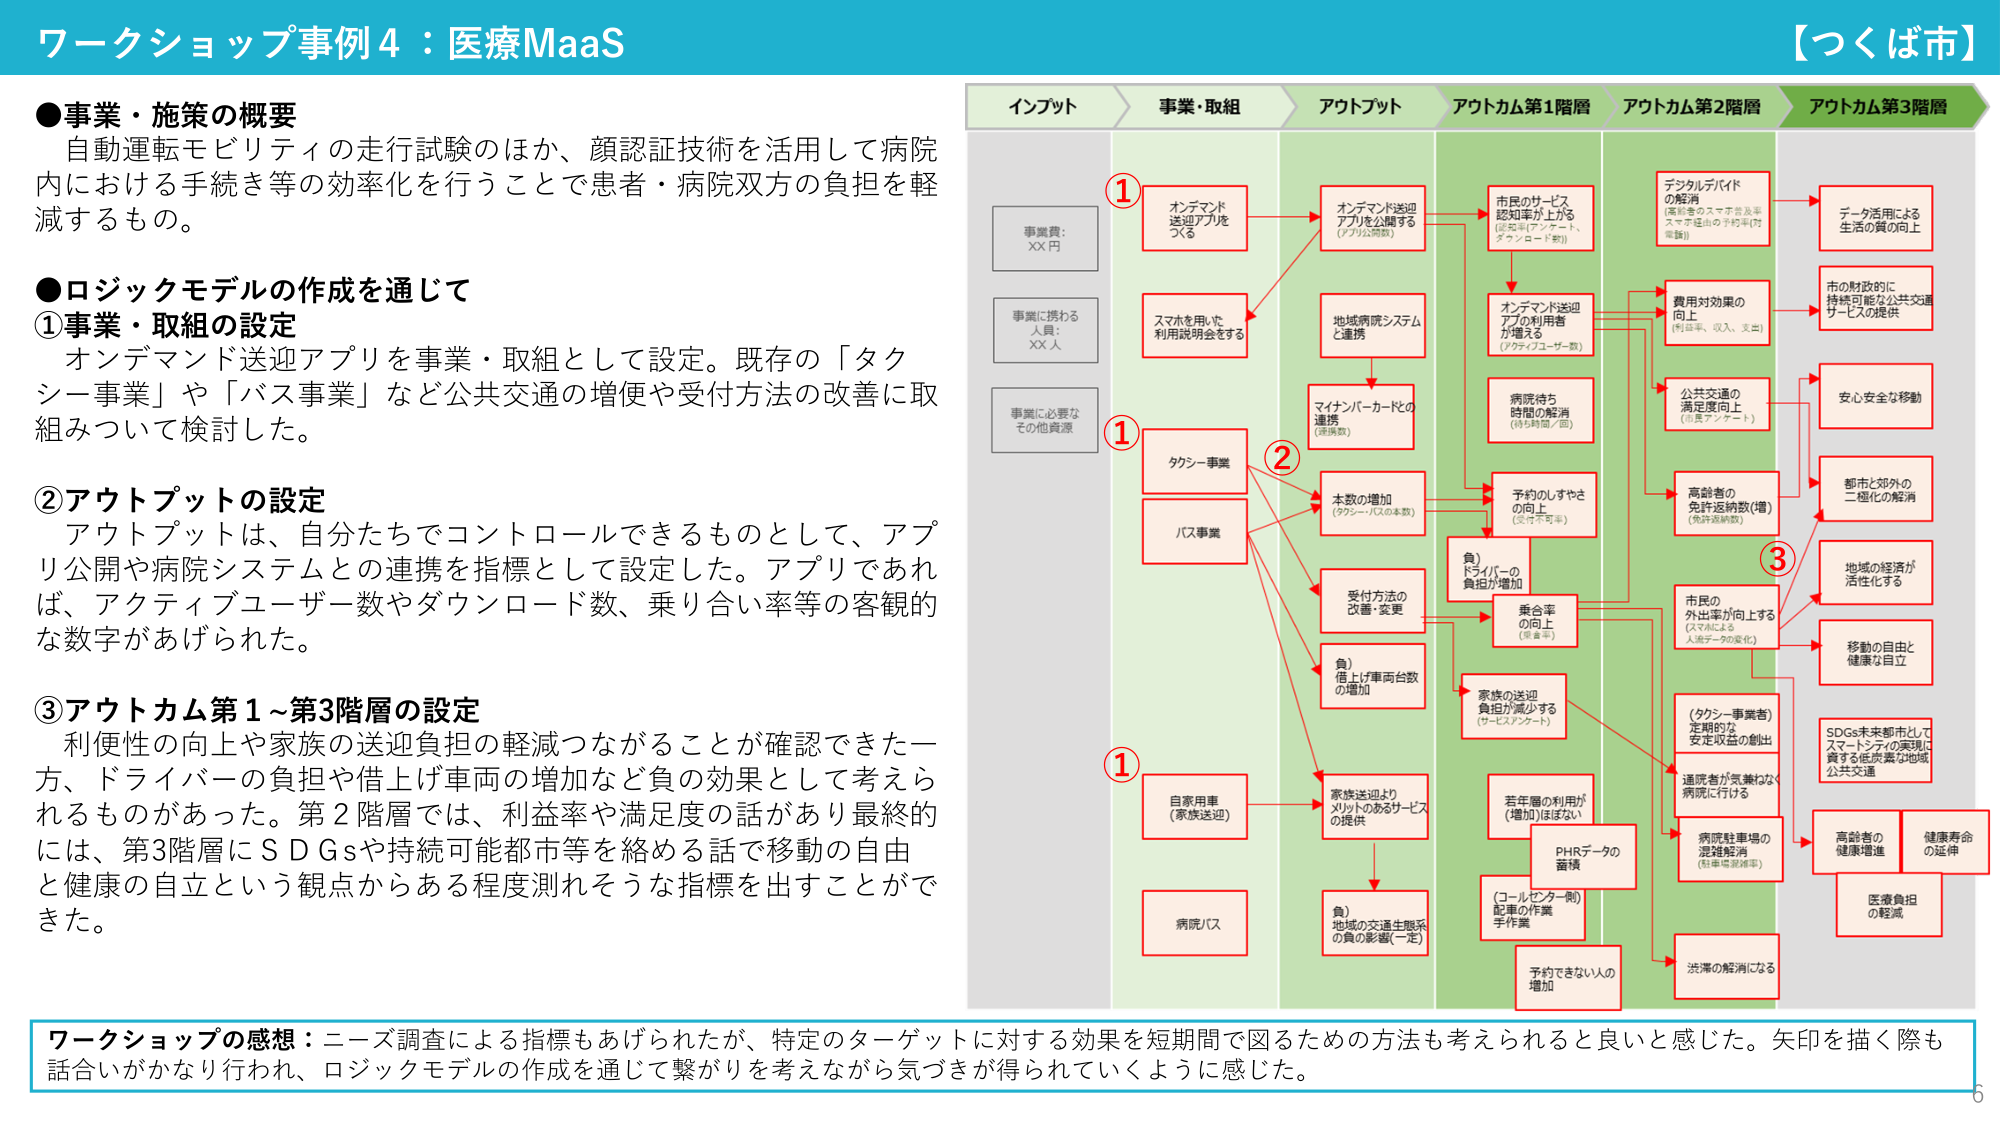
ワークショップ事例4：医療MaaS
【つくば市】

●事業・施策の概要
自動運転モビリティの走行試験のほか、顔認証技術を活用して病院内における手続き等の効率化を行うことで患者・病院双方の負担を軽減するもの。

●ロジックモデルの作成を通じて
①事業・取組の設定
オンデマンド送迎アプリを事業・取組として設定。既存の「タクシー事業」や「バス事業」など公共交通の増便や受付方法の改善に取組みついて検討した。

②アウトプットの設定
アウトプットは、自分たちでコントロールできるものとして、アプリ公開や病院システムとの連携を指標として設定した。アプリであれば、アクティブユーザー数やダウンロード数、乗り合い率等の客観的な数字があげられた。

③アウトカム第1～第3階層の設定
利便性の向上や家族の送迎負担の軽減つながることが確認できた一方、ドライバーの負担や借上げ車両の増加など負の効果として考えられるものがあった。第2階層では、利益率や満足度の話があり最終的には、第3階層にＳＤＧｓや持続可能都市等を絡める話で移動の自由と健康の自立という観点からある程度測れそうな指標を出すことができた。

インプット
事業費：XX円
事業に携わる人員：XX人
事業に必要なその他資源

事業・取組
①オンデマンド送迎アプリをつくる
①スマホを用いた利用説明会をする
①タクシー事業
①バス事業
①自家用車（家族送迎）
①病院バス

アウトプット
オンデマンド送迎アプリを公開する（アプリ公開数）
地域病院システムと連携
マインバーカードとの連携（連携数）
本数の増加（タクシー・バスの本数）
受付方法の改善・変更
（負）借上げ車両台数の増加
家族送迎よりメリットのあるサービスの提供
（負）地域の交通生態系の負の影響（一定）

アウトカム第1階層
市民のサービス認知率が上がる（認知率インクレメント、ダウンロード数）
オンデマンド送迎アプリの利用者が増える（アクティブユーザー数）
病院待ち時間の解消（待ち時間／回）
予約のしやすさの向上（受付不可率）
（負）ドライバーの負担が増加
乗合率の向上（乗合率）
家族の送迎負担が減少する（サービスインクレメント）
若年層の利用が（増加）ほぼない
PHRデータの蓄積
（コールセンター側）記事の作業手作業
予約できない人の増加

アウトカム第2階層
デジタルデバイドの解消（高齢者のスマホ普及率、スマホ運用の手助け（指導））
費用対効果の向上（利益率、収入、支出）
公共交通の満足度向上（市民アンケート）
高齢者の免許返納数（増）（免許返納数）
市民の外出率が向上する（スマホによる人通りデータの変化）
（タクシー事業者）定期的な安定収益の創出
通院者が気兼ねなく病院に行ける
病院駐車場の混雑軽減（駐車台数削減）
洗滞の解消になる

アウトカム第3階層
データ活用による生活の質の向上
市の財政的に持続可能な公共交通サービスの提供
安心安全な移動
都市と郊外の二極化の解消
地域の経済が活性化する
移動の自由と健康な自立
SDGs未来都市としてスマートシティの実現に資する低炭素な地域公共交通
高齢者の健康寿命の延伸
健康寿命の延伸
医療負担の軽減

ワークショップの感想：ニーズ調査による指標もあげられたが、特定のターゲットに対する効果を短期間で図るための方法も考えられると良いと感じた。矢印を描く際も話合いがかなり行われ、ロジックモデルの作成を通じて繋がりを考えながら気づきが得られていくように感じた。

6